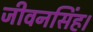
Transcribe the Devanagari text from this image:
जीवनसिंह।